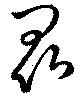
昆